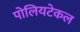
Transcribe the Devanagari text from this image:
पोलियटेकल